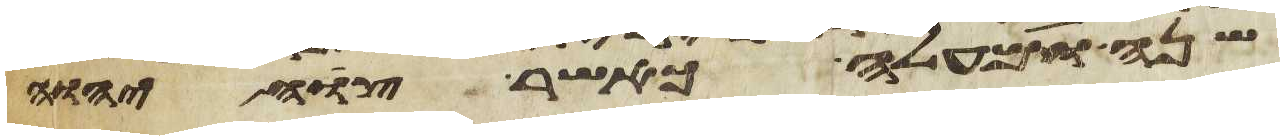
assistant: שנה ומעלה כאשר צוה יהוה